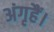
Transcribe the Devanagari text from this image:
अंगृहैं।